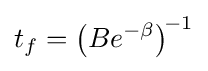
t_{f}=\left(Be^{-\beta }\right)^{\!-1}